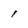
Character: i